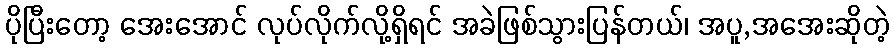
ပိုပြီးတော့ အေးအောင် လုပ်လိုက်လို့ရှိရင် အခဲဖြစ်သွားပြန်တယ်၊ အပူ,အအေးဆိုတဲ့